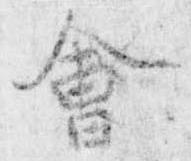
会